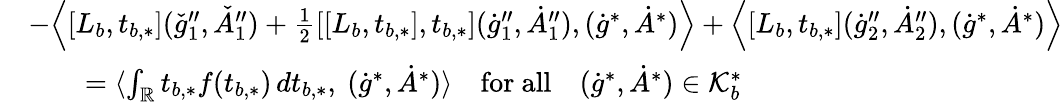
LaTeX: \begin{array}{rl}&{-\Big\langle[L_{b},t_{b,*}](\check{g}_{1}^{\prime\prime},\check{A}_{1}^{\prime\prime})+\frac{1}{2}[[L_{b},t_{b,*}],t_{b,*}](\dot{g}_{1}^{\prime\prime},\dot{A}_{1}^{\prime\prime}),(\dot{g}^{*},\dot{A}^{*})\Big\rangle+\Big\langle[L_{b},t_{b,*}](\dot{g}_{2}^{\prime\prime},\dot{A}_{2}^{\prime\prime}),(\dot{g}^{*},\dot{A}^{*})\Big\rangle}\\ &{\quad\quad=\langle\int_{\mathbb{R}}t_{b,*}f(t_{b,*})\, dt_{b,*},\ (\dot{g}^{*},\dot{A}^{*})\rangle\quad\mathrm{for~all}\quad(\dot{g}^{*},\dot{A}^{*})\in\mathcal{K}_{b}^{*}}\end{array}